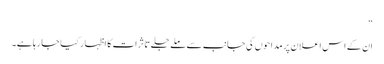
“
ان کے اس اعلان پر مداحوں کی جانب سے ملے جلے تاثرات کا اظہار کیا جا رہا ہے۔